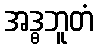
အဒ္ဓဘူတံ